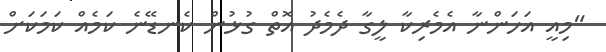
"މިއީ އަހަންނާ އެމެރިކާ ލީގާ ދެމެދު އޮތް ގުޅުން ކެނޑޭނެ ކަމެއް ކަމަކަށް